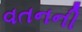
વતનની